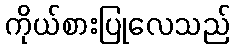
ကိုယ်စားပြုလေသည်